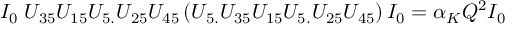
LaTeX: I _ { 0 } \; U _ { 3 5 } U _ { 1 5 } U _ { 5 . } U _ { 2 5 } U _ { 4 5 } \left( U _ { 5 . } U _ { 3 5 } U _ { 1 5 } U _ { 5 . } U _ { 2 5 } U _ { 4 5 } \right) I _ { 0 } = \alpha _ { K } Q ^ { 2 } I _ { 0 }